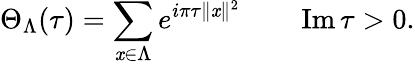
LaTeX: \Theta_{\Lambda}(\tau)=\sum_{\mathit{x}\in\Lambda}e^{i\pi\tau\| \mathit{x}\| ^{2}}\qquad\operatorname{Im}\tau>0.